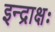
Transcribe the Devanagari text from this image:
इन्द्राक्षः